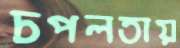
চপলতায়